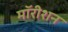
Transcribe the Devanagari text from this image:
मॉरीशन